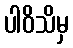
ပါဝိသိမှ